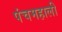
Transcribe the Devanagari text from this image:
पंचमहाली